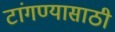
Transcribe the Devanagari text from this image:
टांगण्यासाठी